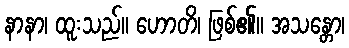
နာနာ၊ ထူးသည်။ ဟောတိ၊ ဖြစ်၏။ အသန္တော၊